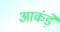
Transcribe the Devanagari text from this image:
आकंड़े